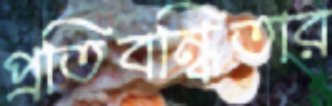
প্রতিবন্ধিতার